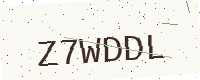
Text: Z7WDDL